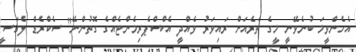
އެހެންވީމަ ބުނެވޭނީ މީގެ ތެރެއަށް ރައިވަރު ވެއްދީ އެކްސްޕެރިމެންޓެއްގެ ގޮތުންނޭ" ސެކްރެޑް ލެގަސީ